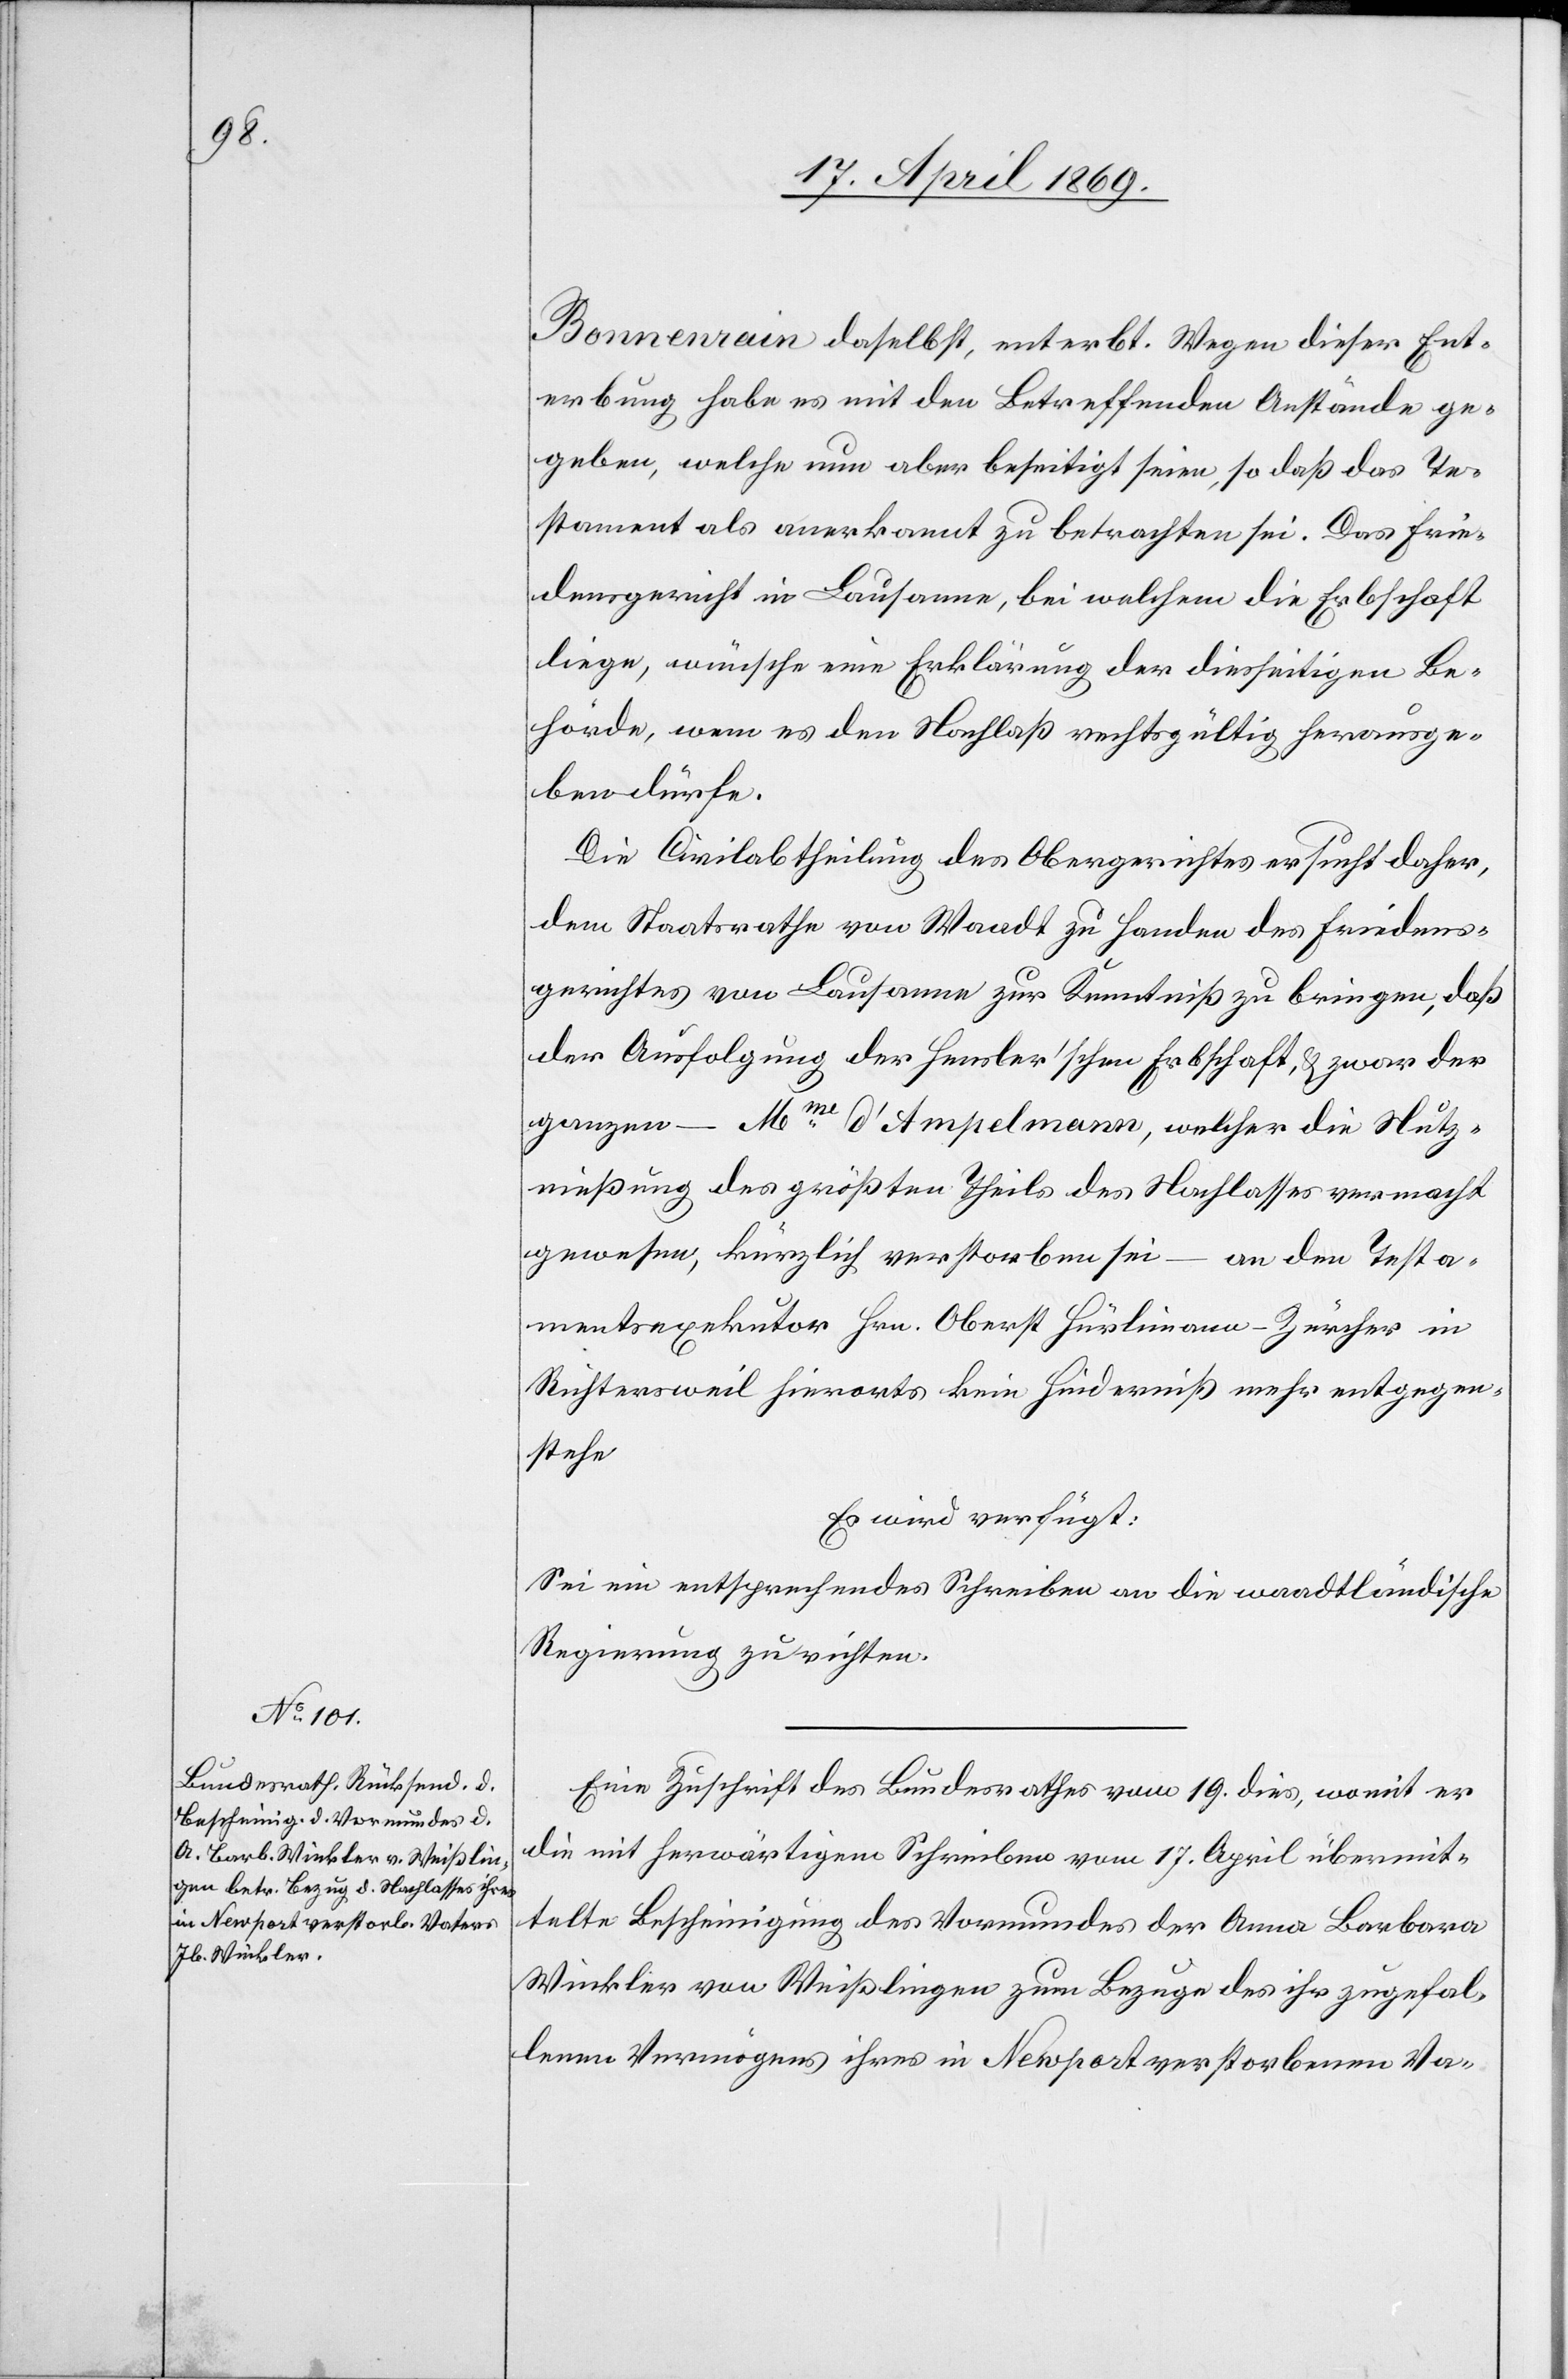
20. April 1869.]
Bonnenrain daselbst, enterbt. Wegen dieser Ent¬
erbung habe es mit den Betreffenden Anstände ge¬
geben, welche nun aber beseitigt seien, so daß das Te¬
stament als anerkannt zu betrachten sei. Das Frie¬
densgericht in Lausanne, bei welchem die Erbschaft
liege, wünsche eine Erklärung der diesseitigen Be¬
hörde, wenn es den Nachlaß rechtsgültig herausge¬
ben dürfe.
Die Civilabtheilung des Obergerichtes ersucht daher,
dem Staatsrathe von Waadt zu Handen des Friedens¬
gerichtes von Lausanne zur Kenntniß zu bringen, daß
der Ausfolgung der Heusler’schen Erbschaft, u. zwar der
ganzen – Mme d’Ampelmann, welcher die Nutz¬
nießung des größten Theils des Nachlasses vermacht
gewesen, kürzlich verstorben sei – an den Testa¬
mentsexekutor Hrn. Oberst Hürlimann-Zürcher in
Richtersweil hierorts kein Hinderniß mehr entgegen¬
stehe.
Es wird verfügt:
Sei ein entsprechendes Schreiben an die waadtländische
Regierung zu richten.
Eine Zuschrift des Bundesrathes vom 19. dies, womit er
die mit herwärtigem Schreiben vom 17. April übermit¬
telte Bescheinigung des Vormundes der Anna Barbara
Winkler von Weißlingen zum Bezuge des ihr zugefal¬
lenen Vermögens ihres in Newport verstorbenen Va-